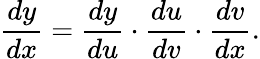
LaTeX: {\frac{dy}{dx}}={\frac{dy}{du}}\cdot{\frac{du}{dv}}\cdot{\frac{dv}{dx}}.